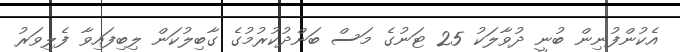
އެކުންފުނިން ބުނީ ދުވާލަކު 25 ޓަނުގެ މަސް ބަންދުކުރުމުގެ ގާބިލުކަން ލިބިފައިވާ ފެލިވަރު